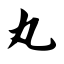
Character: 丸